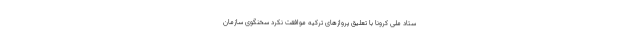
ستاد ملی کرونا با تعلیق پروازهای ترکیه موافقت نکرد سخنگوی سازمان